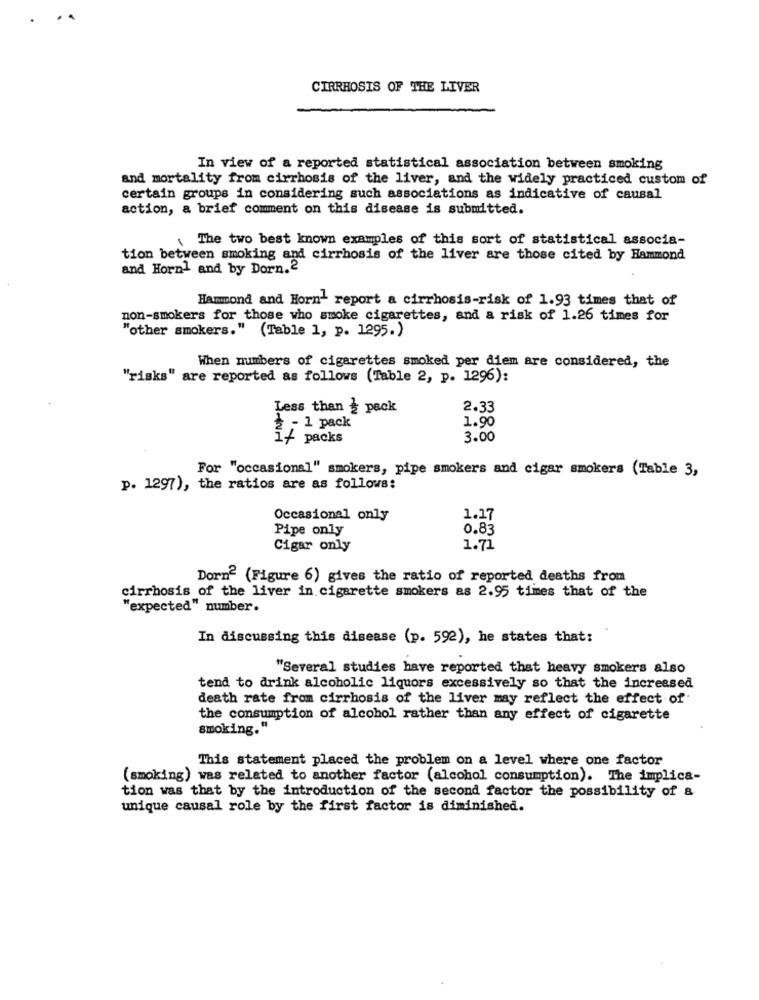
..
CIRRHOSIS OF THE LIVER
In view of a reported statistical association between smoking
and mortality from cirrhosis of the liver, and the widely practiced custom of
certain groups in considering such associations as indicative of causal
action, a brief comment on this disease is submitted.
\ The two best known examples of this sort of statistical associa-
tion between smoking and cirrhosis of the liver are those cited by Hammond
and Horn1 and by Dorn. 2
Hammond and Horn- report a cirrhosis-risk of 1.93 times that of
non-smokers for those who smoke cigarettes, and a risk of 1.26 times for
"other smokers." (Table 1, p. 1295.)
When numbers of cigarettes smoked per diem are considered, the
"risks" are reported as follows (Table 2, p. 1296):
Less than ¿ pack
2.33
2 - 1 pack
1.90
1/ packs
3.00
For "occasional" smokers, pipe smokers and cigar smokers (Table 3,
p. 1297), the ratios are as follows:
Occasional only
1.17
Pipe only
0.83
Cigar only
1.71
Dorne (Figure 6) gives the ratio of reported deaths from
cirrhosis of the liver in cigarette smokers as 2.95 times that of the
"expected" number.
In discussing this disease (p. 592), he states that:
"Several studies have reported that heavy smokers also
tend to drink alcoholic liquors excessively so that the increased
death rate from cirrhosis of the liver may reflect the effect of
the consumption of alcohol rather than any effect of cigarette
smoking."
This statement placed the problem on a level where one factor
(smoking) was related to another factor (alcohol consumption). The implica-
tion was that by the introduction of the second factor the possibility of a
unique causal role by the first factor is diminished.